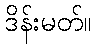
ဒိန်းမတ်။